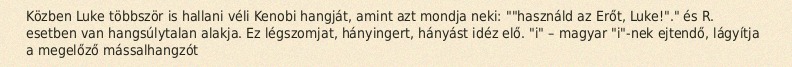
Közben Luke többször is hallani véli Kenobi hangját, amint azt mondja neki: ""használd az Erőt, Luke!"." és R. esetben van hangsúlytalan alakja. Ez légszomjat, hányingert, hányást idéz elő. "i" – magyar "i"-nek ejtendő, lágyítja a megelőző mássalhangzót